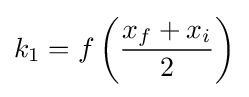
k_{1}=f\left({\frac {x_{f}+x_{i}}{2}}\right)